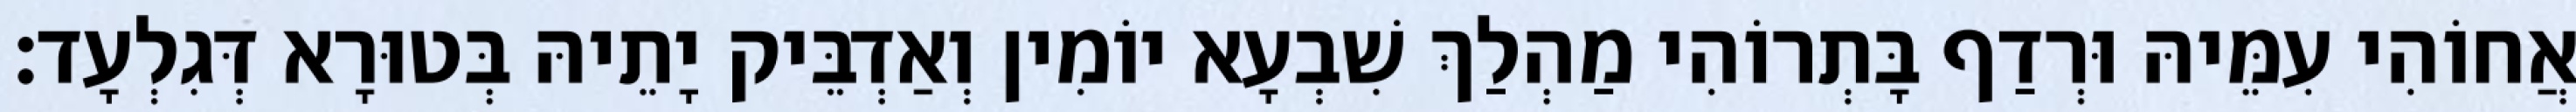
אֲחוֹהִי עִמֵּיהּ וּרְדַף בָּתְרוֹהִי מַהְלַךְ שִׁבְעָא יוֹמִין וְאַדְבֵּיק יָתֵיהּ בְּטוּרָא דְּגִלְעָד׃